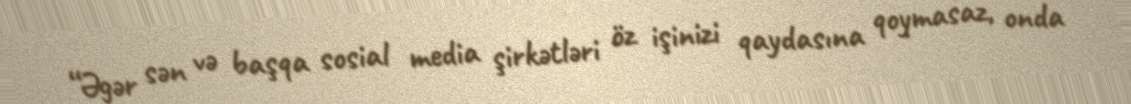
“Əgər sən və başqa sosial media şirkətləri öz işinizi qaydasına qoymasaz, onda